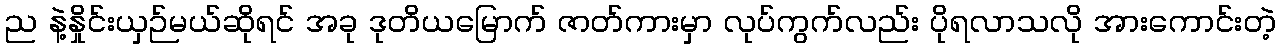
ည နဲ့နှိုင်းယှဉ်မယ်ဆိုရင် အခု ဒုတိယမြောက် ဇာတ်ကားမှာ လုပ်ကွက်လည်း ပိုရလာသလို အားကောင်းတဲ့